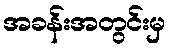
အခန်းအတွင်းမှ